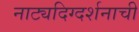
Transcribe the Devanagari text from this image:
नाट्यदिग्दर्शनाची